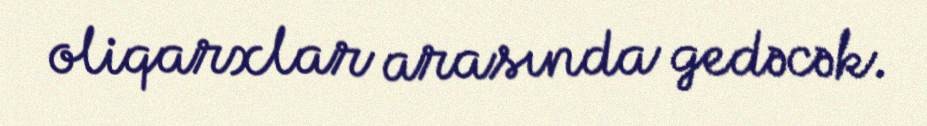
oliqarxlar arasında gedəcək.